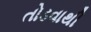
તોડવાથી